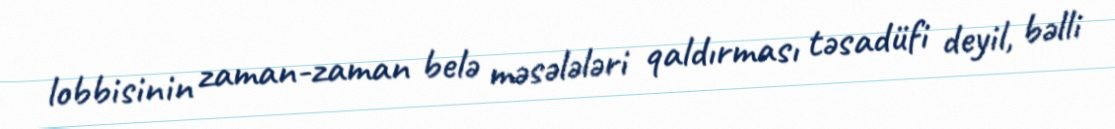
lobbisinin zaman-zaman belə məsələləri qaldırması təsadüfi deyil, bəlli